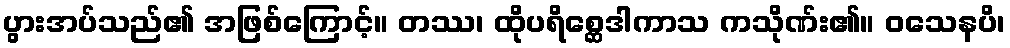
ပွားအပ်သည်၏ အဖြစ်ကြောင့်။ တဿ၊ ထိုပရိစ္ဆေဒါကာသ ကသိုဏ်း၏။ ဝသေနပိ၊